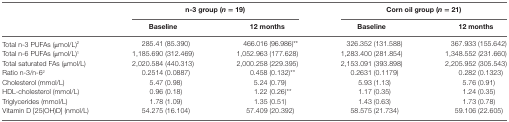
<table><thead><tr><td rowspan="2"></td><td colspan="2"><b>n-3 group (<i>n</i> = 19)</b></td><td colspan="2"><b>Corn oil group (<i>n</i> = 21)</b></td></tr><tr><td><b>Baseline</b></td><td><b>12 months</b></td><td><b>Baseline</b></td><td><b>12 months</b></td></tr></thead><tbody><tr><td>Total n-3 PUFAs (μmol/L)<sup>2</sup></td><td>285.41 (85.390)</td><td>466.016 (96.986)**</td><td>326.352 (131.588)</td><td>367.933 (155.642)</td></tr><tr><td>Total n-6 PUFAs (μmol/L)<sup>1</sup></td><td>1,185.690 (312.469)</td><td>1,052.963 (177.628)</td><td>1,283.400 (281.854)</td><td>1,348.552 (231.660)</td></tr><tr><td>Total saturated FAs (μmol/L)</td><td>2,020.584 (440.313)</td><td>2,000.258 (229.395)</td><td>2,153.091 (393.898)</td><td>2,205.952 (305.543)</td></tr><tr><td>Ratio n-3/n-6<sup>2</sup></td><td>0.2514 (0.0887)</td><td>0.458 (0.132)**</td><td>0.2631 (0.1179)</td><td>0.282 (0.1323)</td></tr><tr><td>Cholesterol (mmol/L)</td><td>5.47 (0.98)</td><td>5.24 (0.79)</td><td>5.93 (1.13)</td><td>5.76 (0.91)</td></tr><tr><td>HDL-cholesterol (mmol/L)</td><td>0.96 (0.18)</td><td>1.22 (0.26)**</td><td>1.17 (0.35)</td><td>1.24 (0.35)</td></tr><tr><td>Triglycerides (mmol/L)</td><td>1.78 (1.09)</td><td>1.35 (0.51)</td><td>1.43 (0.63)</td><td>1.73 (0.78)</td></tr><tr><td>Vitamin D [25(OH)D] (nmol/L)</td><td>54.275 (16.104)</td><td>57.409 (20.392)</td><td>58.575 (21.734)</td><td>59.106 (22.605)</td></tr></tbody></table>